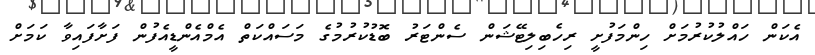
އެކަން ހައްލުކުރުމަށް ހިންމަފުށީ ރިހެބިލިޓޭޝަން ސެންޓަރު ބޮޑުކުރުމުގެ މަސައްކަތް އެމްއެންޑީއެފުން ފަށާފައިވާ ކަމަށް